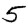
Digit: 5